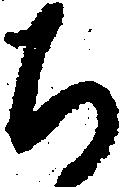
ち